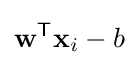
\mathbf {w} ^{\mathsf {T}}\mathbf {x} _{i}-b